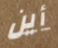
أين